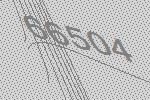
66504